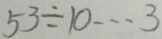
5 3 \div 1 0 \cdots 3